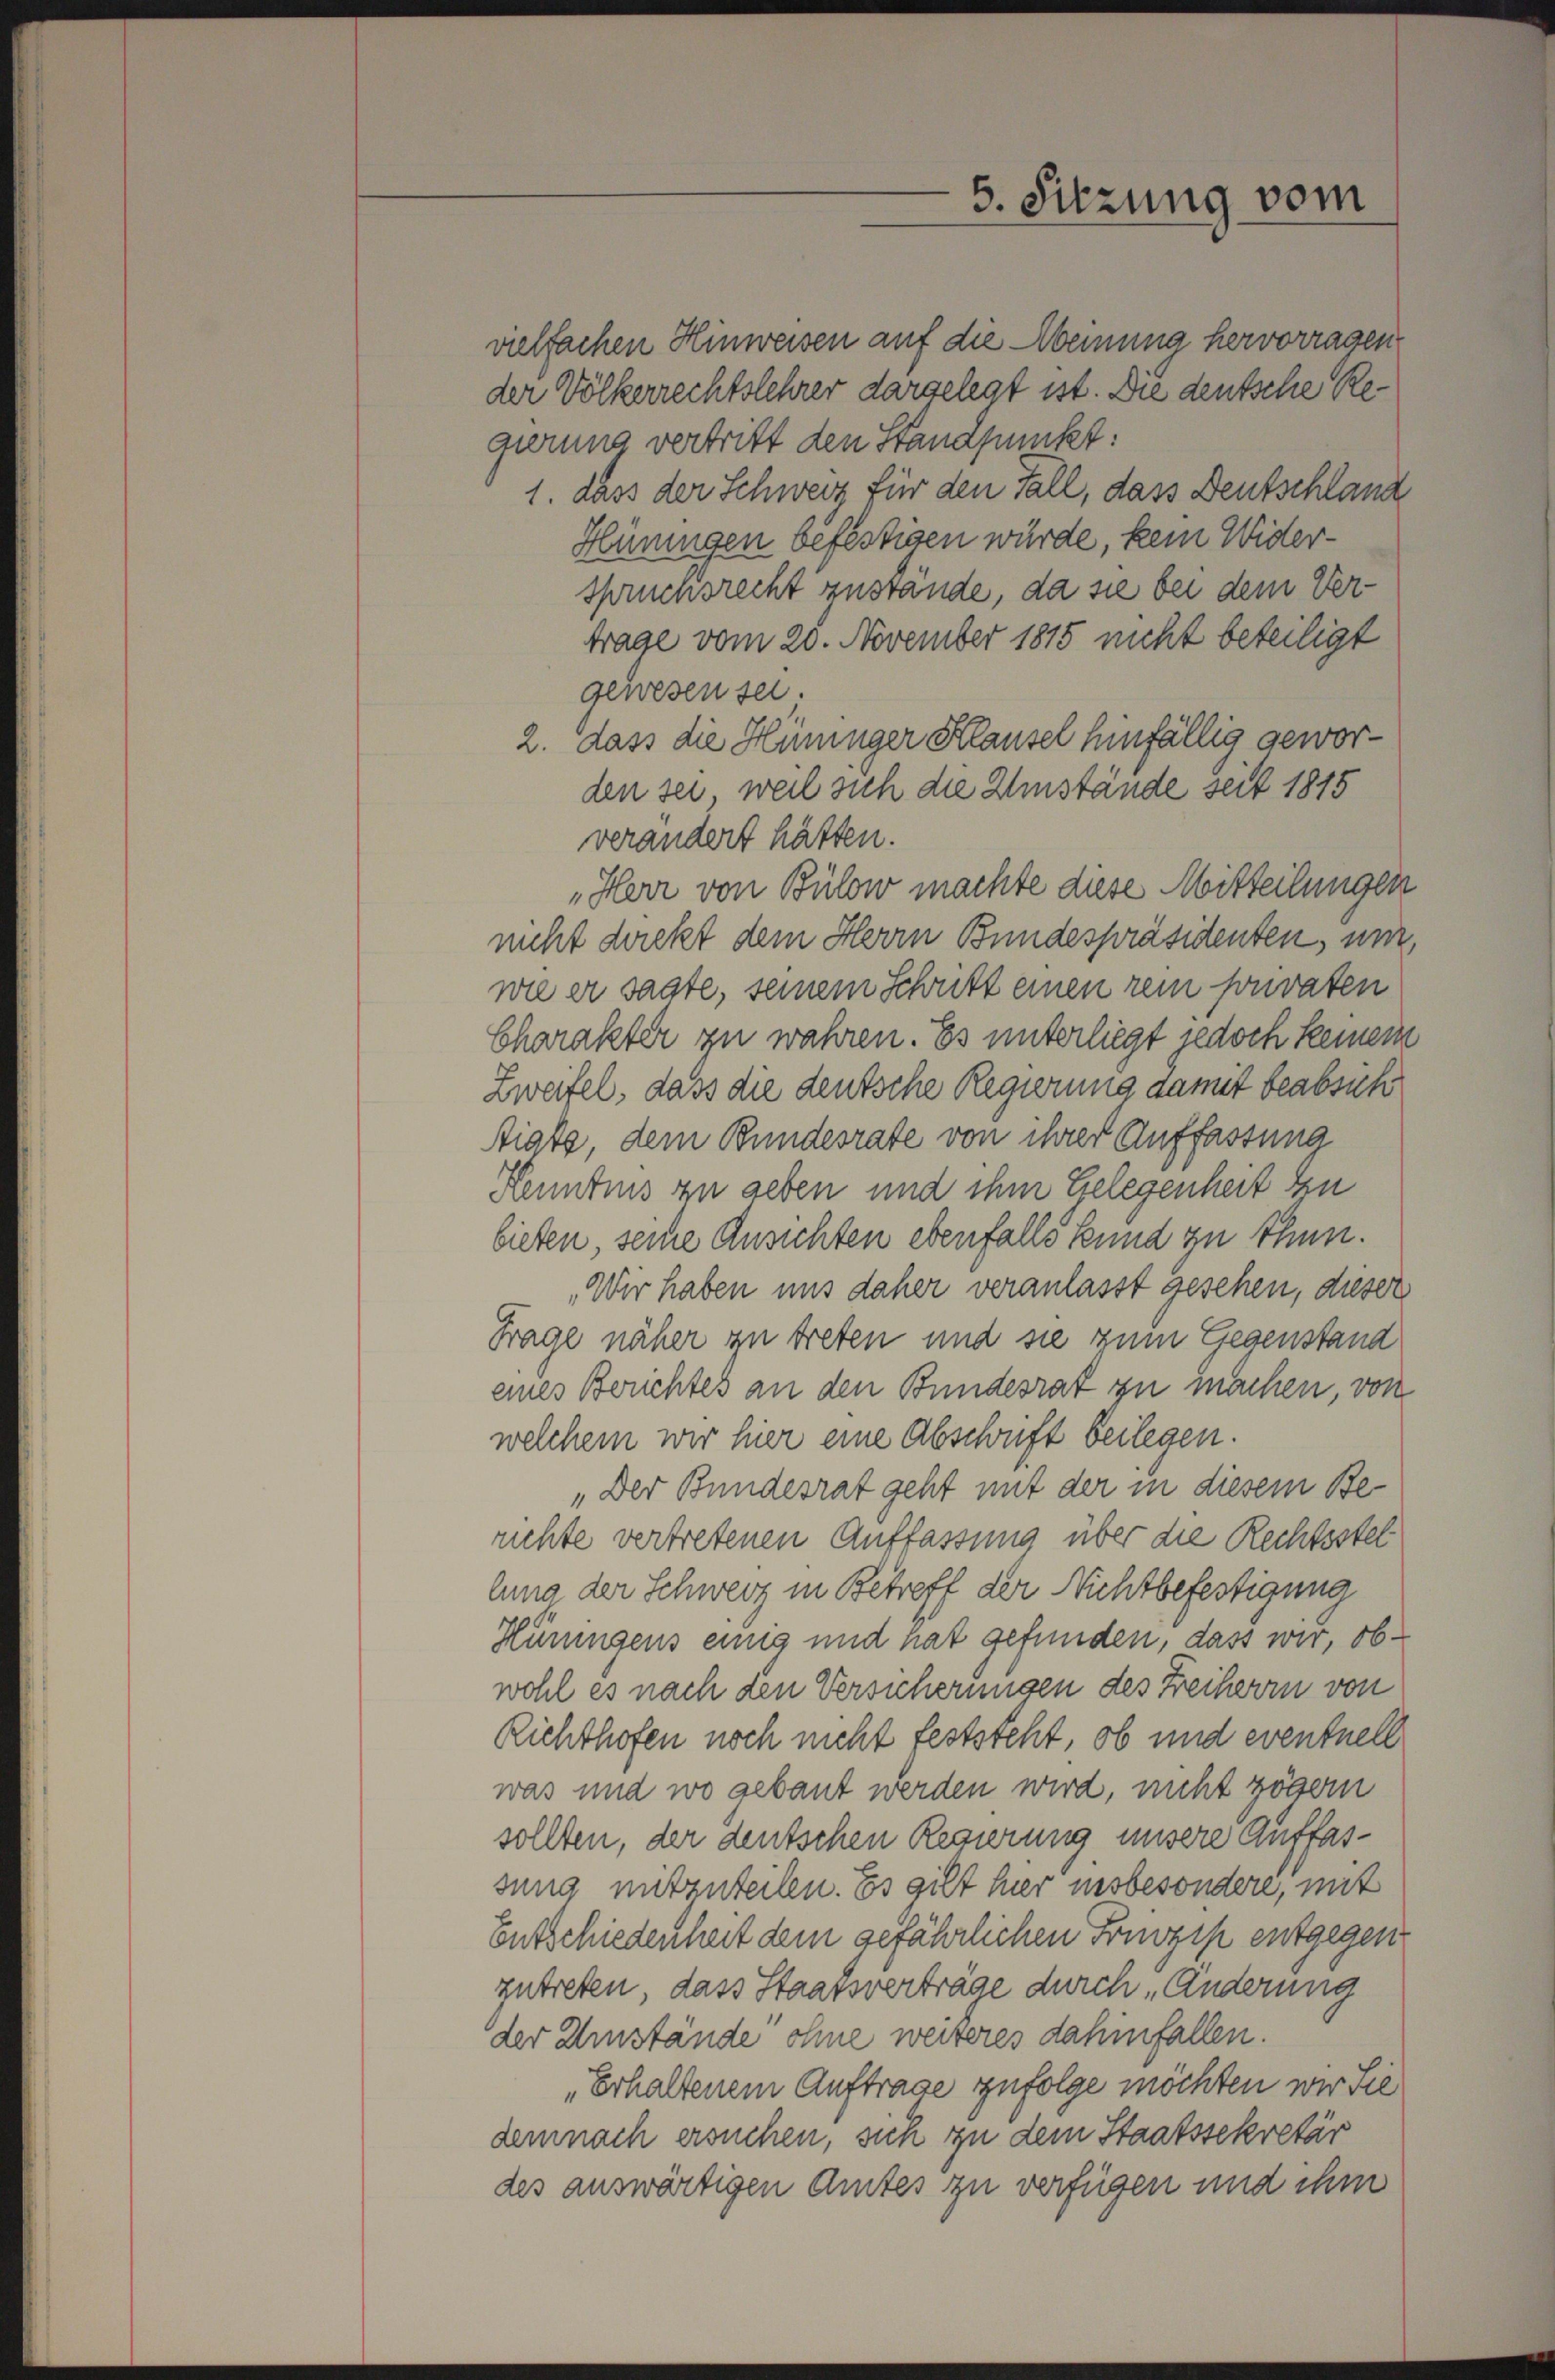
5. Sitzung vom

vielfachen Hinweisen auf die Aemina hervorragen
der Völkerrechtslehrer dargelegt ist. Die deutsche Regierung vertritt den Standpunkt:
1. dass der Schweiz für den Fall, dass Deutschland
Hüningen befestigen würde, kein Widerspruchsrecht zustande, da sie bei dem Vertrage vom 20. November 1815 nicht beteiligt
gewesen sei.
2. dass die Hüninger Klausel hinfällig geworden sei, weil sich die Umstände seit 1815
verändert hätten.
„Herr von Bülow machte diese Mitteilungen
nicht direkt dem Herrn Bundespräsidenten, um
wie er sagte, seinem Schritt einen rein sonvaten
Charakter zu wahren. Es unterliegt jedoch keinem
Zweifel, dass die deutsche Regierung damit beabsich
Stiats, dem Bundesrate von ihrer Auffassung
Henntnis zu geben und ihm Gelegenheit zu
bieten, seine Ansichten ebenfalls kund zu thun.
„Wir haben uns daher veranlasst gesehen, dieser
Trage näher zu treten und sie zum Gegenstand
eines Berichtes an den Bundesrat zu machen, von
welchem wir hier eine Abschrift beilegen.
„Der Bundesrat geht mit der in diesem Berichte vertretenen Auffassung über die Rechtsstel
lung der Schweiz in Betreff der Nichtbefestigung
Hüningens eins und hat gefunden, dass wir, ob
wohl es nach den Versicherungen des Freiherrn von
Richthofen noch nicht feststeht, ob und eventuell
was und wo gebaut werden wird, nicht zögern
sollten, der deutschen Regierung unsere Auffassung mitzuteilen. Es gilt hier insbesondere, mit
Entschiedenheit dem gefährlichen Franzip entgegen
zutreten, dass Staatsverträge durch „Änderung
der Umstände ohne weiteres dahinfallen.
„Erhaltenem Auftrage zufolge möchten wir Sie
demnach ersuchen, sich zu dem Staatssekretär
des auswärtigen Amtes zu verfügen und ihm